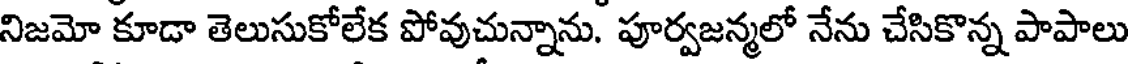
నిజమో కూడా తెలుసుకోలేక పోవుచున్నాను. పూర్వజన్మలో నేను చేసికొన్న పాపాలు